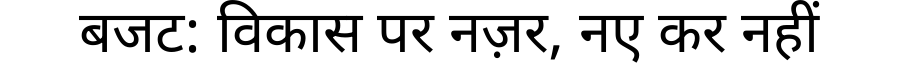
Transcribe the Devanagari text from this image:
बजट: विकास पर नज़र, नए कर नहीं